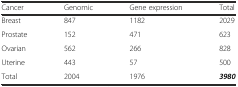
<table><thead><tr><td><b>Cancer</b></td><td><b>Genomic</b></td><td><b>Gene expression</b></td><td><b>Total</b></td></tr></thead><tbody><tr><td>Breast</td><td>847</td><td>1182</td><td>2029</td></tr><tr><td>Prostate</td><td>152</td><td>471</td><td>623</td></tr><tr><td>Ovarian</td><td>562</td><td>266</td><td>828</td></tr><tr><td>Uterine</td><td>443</td><td>57</td><td>500</td></tr><tr><td>Total</td><td>2004</td><td>1976</td><td><b><i>3980</i></b></td></tr></tbody></table>